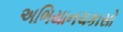
અભિયાનચકાસો